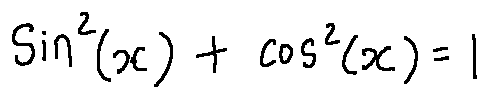
\sin ^ { 2 } ( x ) + \cos ^ { 2 } ( x ) = 1